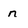
Character: n